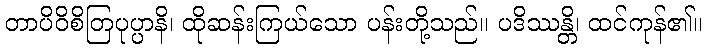
တာပိဝိစိတြပုပ္ပာနိ၊ ထိုဆန်းကြယ်သော ပန်းတို့သည်။ ပဒိဿန္တိ၊ ထင်ကုန်၏။